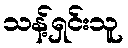
သန့်ရှင်းသူ